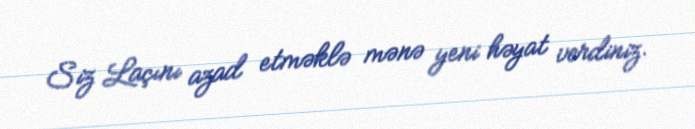
Siz Laçını azad etməklə mənə yeni həyat verdiniz.